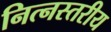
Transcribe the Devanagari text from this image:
नित्नस्तरीय